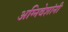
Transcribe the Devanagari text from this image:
अग्निवेशांनी